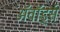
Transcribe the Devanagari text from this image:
अॅवॉर्ड्स